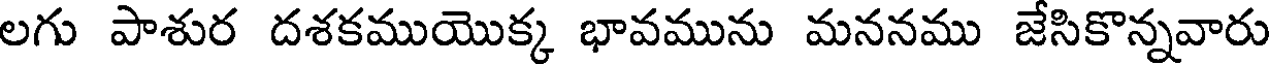
లగు పాశుర దశకముయొక్క భావమును మననము జేసికొన్నవారు